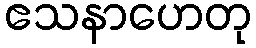
ဧသနာဟေတု